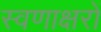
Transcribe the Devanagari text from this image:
स्वणाक्षरों